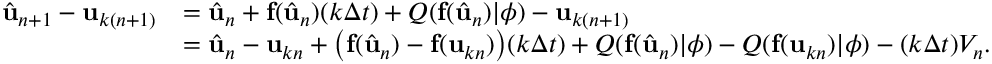
\begin{array} { r l } { \hat { \mathbf { u } } _ { n + 1 } - \mathbf { u } _ { k ( n + 1 ) } } & { = \hat { \mathbf { u } } _ { n } + \mathbf { f } ( \hat { \mathbf { u } } _ { n } ) ( k \Delta t ) + Q ( \mathbf { f } ( \hat { \mathbf { u } } _ { n } ) | \phi ) - \mathbf { u } _ { k ( n + 1 ) } } \\ & { = \hat { \mathbf { u } } _ { n } - \mathbf { u } _ { k n } + \big ( \mathbf { f } ( \hat { \mathbf { u } } _ { n } ) - \mathbf { f } ( \mathbf { u } _ { k n } ) \big ) ( k \Delta t ) + Q ( \mathbf { f } ( \hat { \mathbf { u } } _ { n } ) | \phi ) - Q ( \mathbf { f } ( \mathbf { u } _ { k n } ) | \phi ) - ( k \Delta t ) V _ { n } . } \end{array}